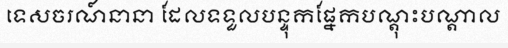
ទេសចរណ៍នានា ដែលទទួលបន្ទុកផ្នែកបណ្តុះបណ្តាល